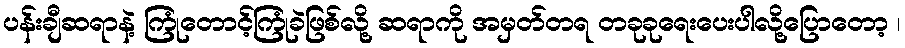
ပန်းချီဆရာနဲ့ ကြုံတောင့်ကြုံခဲဖြစ်လို့ ဆရာကို အမှတ်တရ တခုခုရေးပေးပါလို့ပြောတော့ ၊